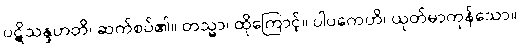
ပဋိသန္ဒဟတိ၊ ဆက်စပ်၏။ တသ္မာ၊ ထိုကြောင့်။ ပါပကေဟိ၊ ယုတ်မာကုန်သော။